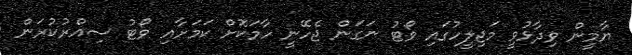
ޔާމީން ވިދާޅުވީ މަޖިލީހުގައި ވޯޓު ނަގަން ޖެހޭނީ ހާމަކޮށް ކަމަށާއި ވޯޓު ސިއްރުކުރަން